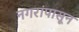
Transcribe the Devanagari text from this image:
नगरांपासून